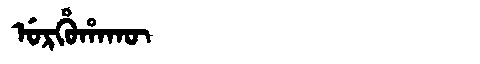
Manchu: ᡠᡵᡥᡠᡥᠠᡴᡡ
Romanization: URHUHAKŪ